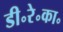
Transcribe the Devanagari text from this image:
डी॰रे॰का॰